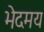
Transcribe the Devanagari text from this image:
भेदमय